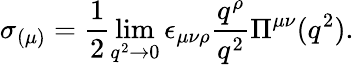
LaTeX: \sigma_{(\mu)}=\frac{1}{2}\operatorname*{lim}_{q^{2}\to 0}\epsilon_{\mu\nu\rho}\frac{q^{\rho}}{q^{2}}\Pi^{\mu\nu}(q^{2}).